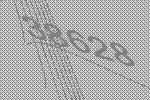
38628